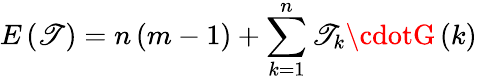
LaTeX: E\left(\mathscr{T}\right)=n\left(m-1\right)+\sum_{k=1}^{n}\mathscr{T}_{k}\cdotG\left(k\right)